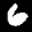
Label: 6